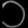
Digit: ၁